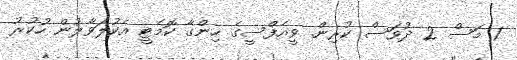
1 މަސް 2 ދުވަސް ކުރިން. ވީއެފްސީގެ ހިންގާ ކޮމެޓީ އެކުލަވާލުން ހުކުރު